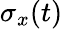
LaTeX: \sigma_{x}(t)